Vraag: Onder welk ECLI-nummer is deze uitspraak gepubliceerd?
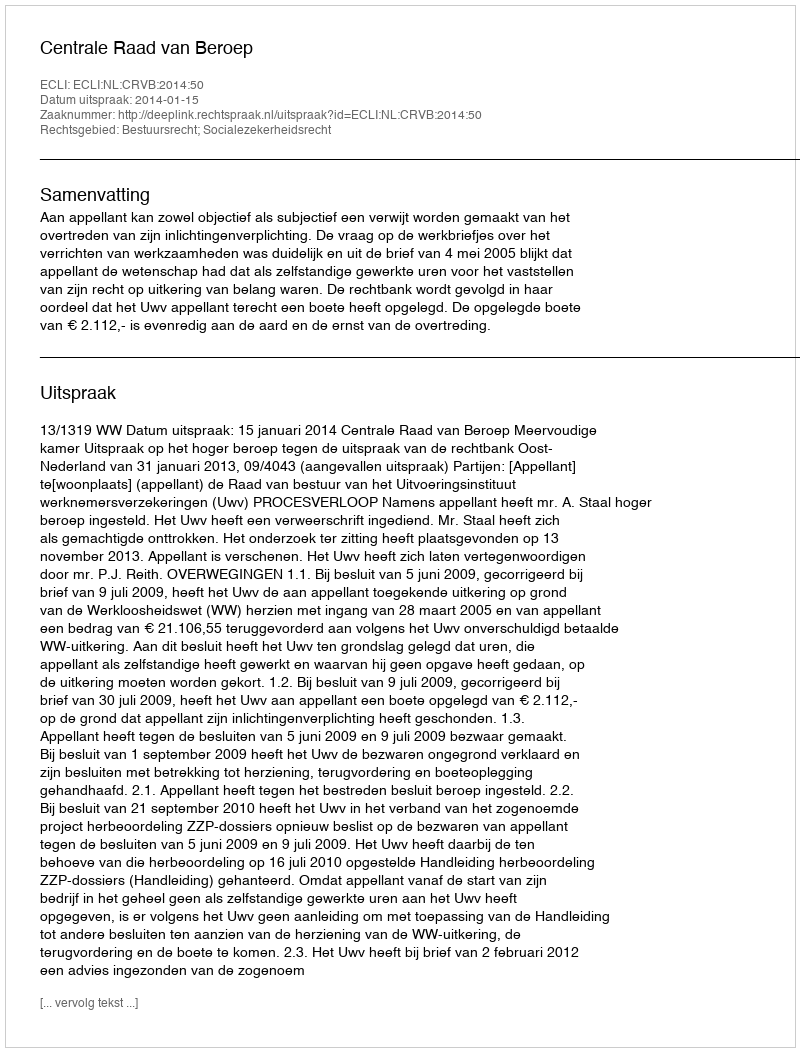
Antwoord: ECLI:NL:CRVB:2014:50